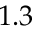
1 . 3